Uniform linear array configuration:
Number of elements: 64
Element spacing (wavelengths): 1
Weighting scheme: uniform
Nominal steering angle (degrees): -45
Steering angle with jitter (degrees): -44.677
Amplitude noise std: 0.05
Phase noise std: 0.05

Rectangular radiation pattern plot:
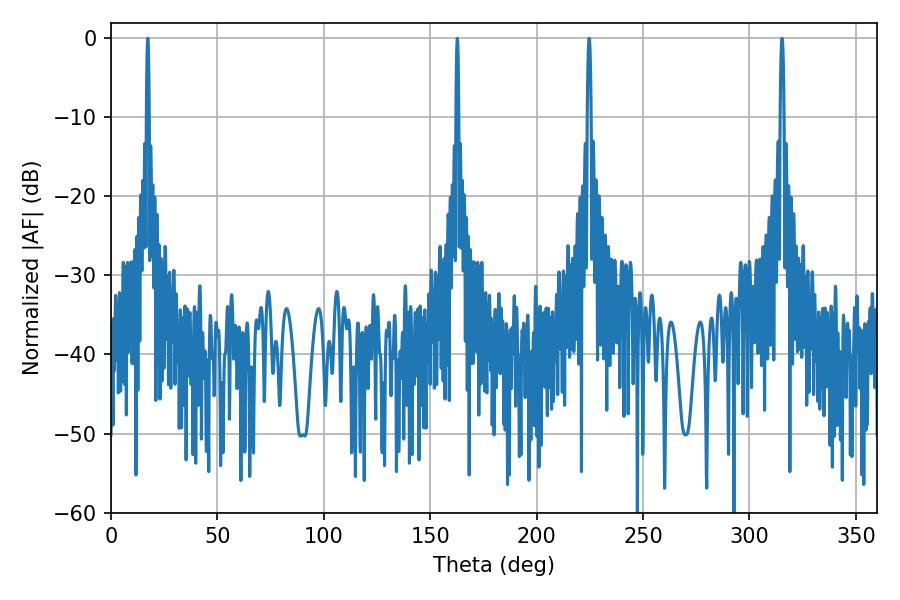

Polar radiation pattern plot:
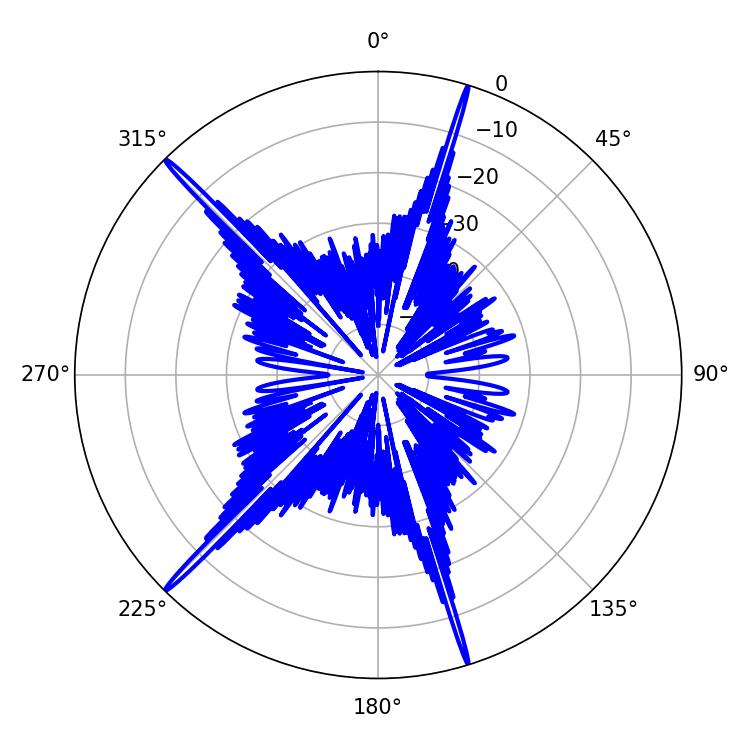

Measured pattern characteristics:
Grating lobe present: TRUE
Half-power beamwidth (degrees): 0.72
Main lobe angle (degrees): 17.28